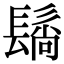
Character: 𬴬